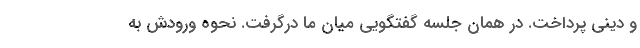
و دینی پرداخت. در همان جلسه گفتگویی میان ما درگرفت. نحوه ورودش به